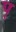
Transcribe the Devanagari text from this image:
प्‌